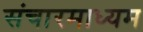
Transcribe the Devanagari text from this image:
संचारमाध्यम